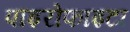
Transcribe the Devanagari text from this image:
पाइरोफाइटा